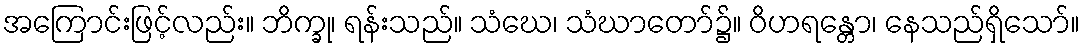
အကြောင်းဖြင့်လည်း။ ဘိက္ခု၊ ရန်းသည်။ သံဃေ၊ သံဃာတော်၌။ ဝိဟရန္တော၊ နေသည်ရှိသော်။